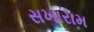
સખારામ